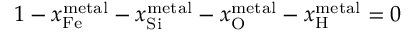
1 - x _ { \mathrm { { F e } } } ^ { \mathrm { { m e t a l } } } - x _ { \mathrm { { S i } } } ^ { \mathrm { { m e t a l } } } - x _ { \mathrm { { O } } } ^ { \mathrm { { m e t a l } } } - x _ { \mathrm { { H } } } ^ { \mathrm { { m e t a l } } } = 0